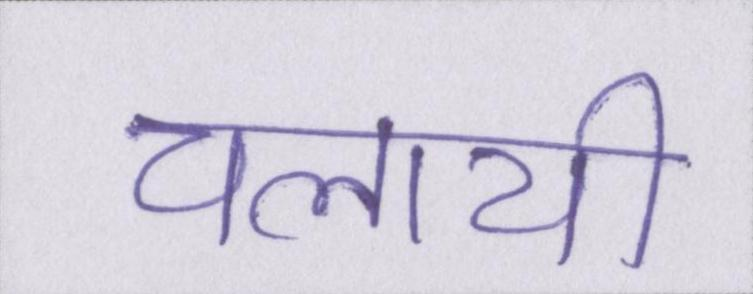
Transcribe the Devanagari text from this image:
चलायी